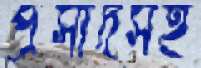
প্রসাদসহ